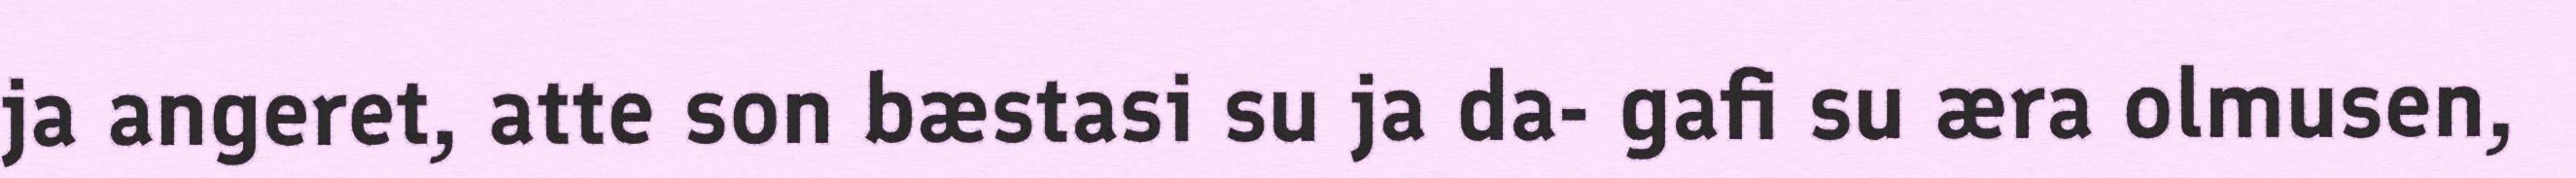
ja angeret, atte son bæstasi su ja da- gafi su æra olmusen,